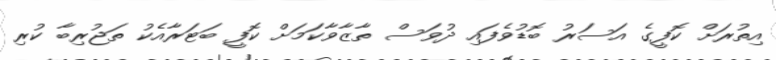
އިތުރަށް ކޮފީގެ އަސަރު ބޮޑުވެފައި ދުވަސް ތާޒާވާކަމަށް ކޮފީ ބަޓަރާއެކު ތަޖުރިބާ ކުރި